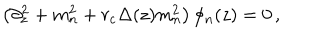
\left( \partial _ { z } ^ { 2 } + m _ { n } ^ { 2 } + r _ { c } \Delta ( z ) m _ { n } ^ { 2 } \right) \phi _ { n } ( z ) = 0 \, ,